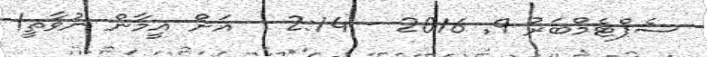
ސެޕްޓެމްބަރު 9